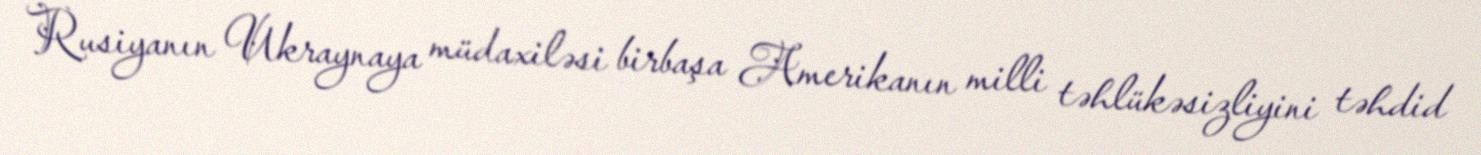
Rusiyanın Ukraynaya müdaxiləsi birbaşa Amerikanın milli təhlükəsizliyini təhdid